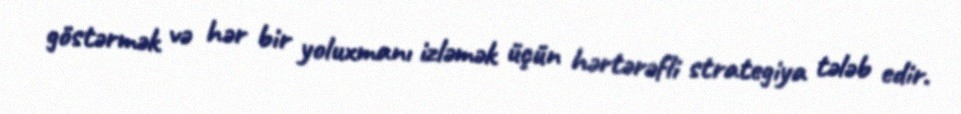
göstərmək və hər bir yoluxmanı izləmək üçün hərtərəfli strategiya tələb edir.